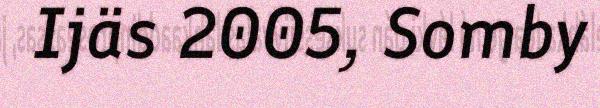
Ijäs 2005, Somby